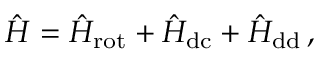
\hat { H } = \hat { H } _ { \mathrm { r o t } } + \hat { H } _ { \mathrm { d c } } + \hat { H } _ { \mathrm { d d } } \, ,